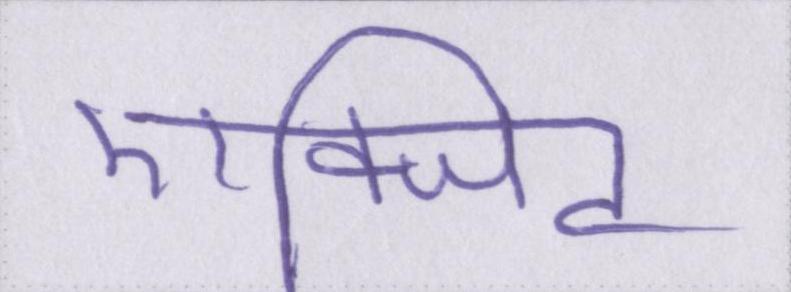
एक्जिट